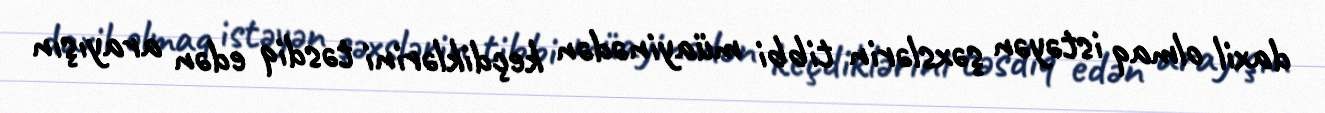
daxil olmaq istəyən şəxslərin tibbi müayinədən keçdiklərini təsdiq edən arayışın